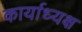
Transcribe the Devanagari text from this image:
कार्याध्‍यक्ष